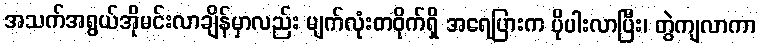
အသက်အရွယ်အိုမင်းလာချိန်မှာလည်း မျက်လုံးတဝိုက်ရှိ အရေပြားက ပိုပါးလာပြီး၊ တွဲကျလာကာ